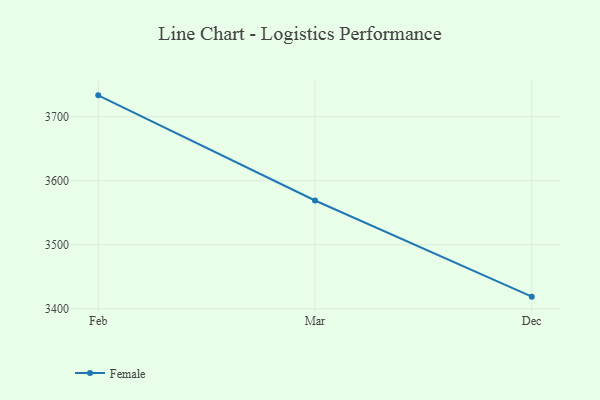
{"axis": {"x": "Month", "y": "Energy Usage (MWh)"}, "legend": ["Female"], "data": [{"x": "Feb", "y": 3733.2, "type": "Female"}, {"x": "Mar", "y": 3569.1, "type": "Female"}, {"x": "Dec", "y": 3419.0, "type": "Female"}]}